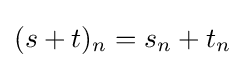
(s+t)_{n}=s_{n}+t_{n}